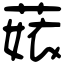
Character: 𦴣